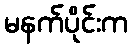
မနက်ပိုင်းက